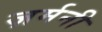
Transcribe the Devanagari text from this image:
ज़र्मनी